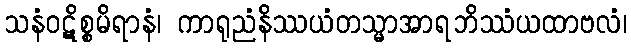
သနံဝဋိစ္စမိရာနံ၊ ကာရုညံနိဿယံတသ္မာအာရဘိဿံယထာဗလံ၊